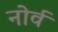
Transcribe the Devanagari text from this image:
नोर्व